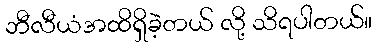
ဘီလီယံအထိရှိခဲ့တယ် လို့ သိရပါတယ်။